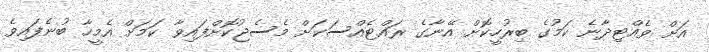
އަށް ވެއްޓިދާނެ ކަމުގެ ބިރުހީކޮށް އޭނާގެ ރައްޓެއްސަކަށް މެސެޖުކޮށްފައިވާ ކަމަށް އެމީހާ ބުނެފައިވެ